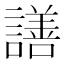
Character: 𧬆